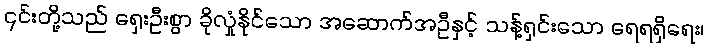
၎င်းတို့သည် ရှေးဦးစွာ ခိုလှုံနိုင်သော အဆောက်အဦနှင့် သန့်ရှင်းသော ရေရရှိရေး၊